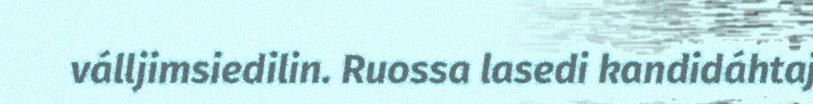
válljimsiedilin. Ruossa lasedi kandidáhtaj